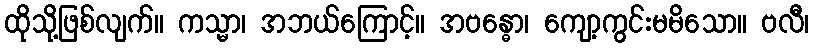
ထိုသို့ဖြစ်လျက်။ ကသ္မာ၊ အဘယ်ကြောင့်။ အဗန္ဓော၊ ကျော့ကွင်းမမိသော။ ဗလီ၊